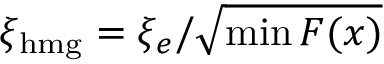
\xi _ { \mathrm { h m g } } = \xi _ { e } / \sqrt { \operatorname* { m i n } F ( x ) }